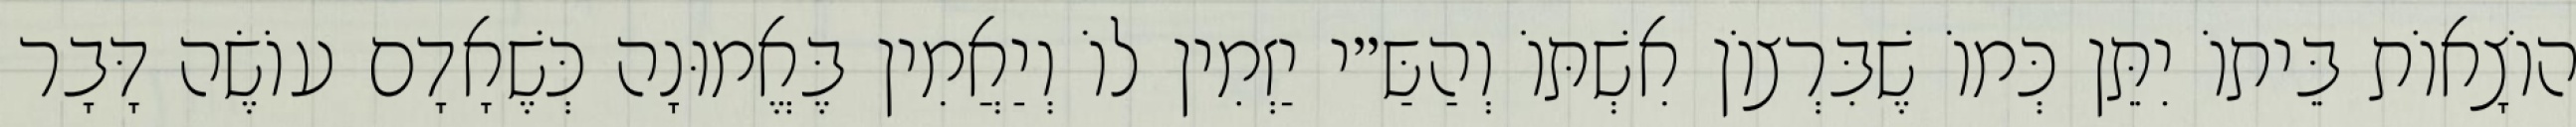
הוֹצָאוֹת בֵּיתוֹ יִתֵּן כְּמוֹ שֶׁבִּרְצוֹן אִשְׁתּוֹ וְהַשַּ״י יַזְמִין לוֹ וְיַאֲמִין בֶּאֱמוּנָה כְּשֶׁאָדָם עוֹשֶׂה דָּבָר